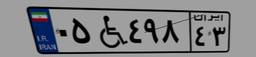
۰۵W۴۹۸۴۳